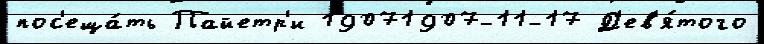
пос'еща́ть Пайетр'и 19071907-11-17 Д'ев'я́того